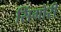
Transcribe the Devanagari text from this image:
सिंगोरी